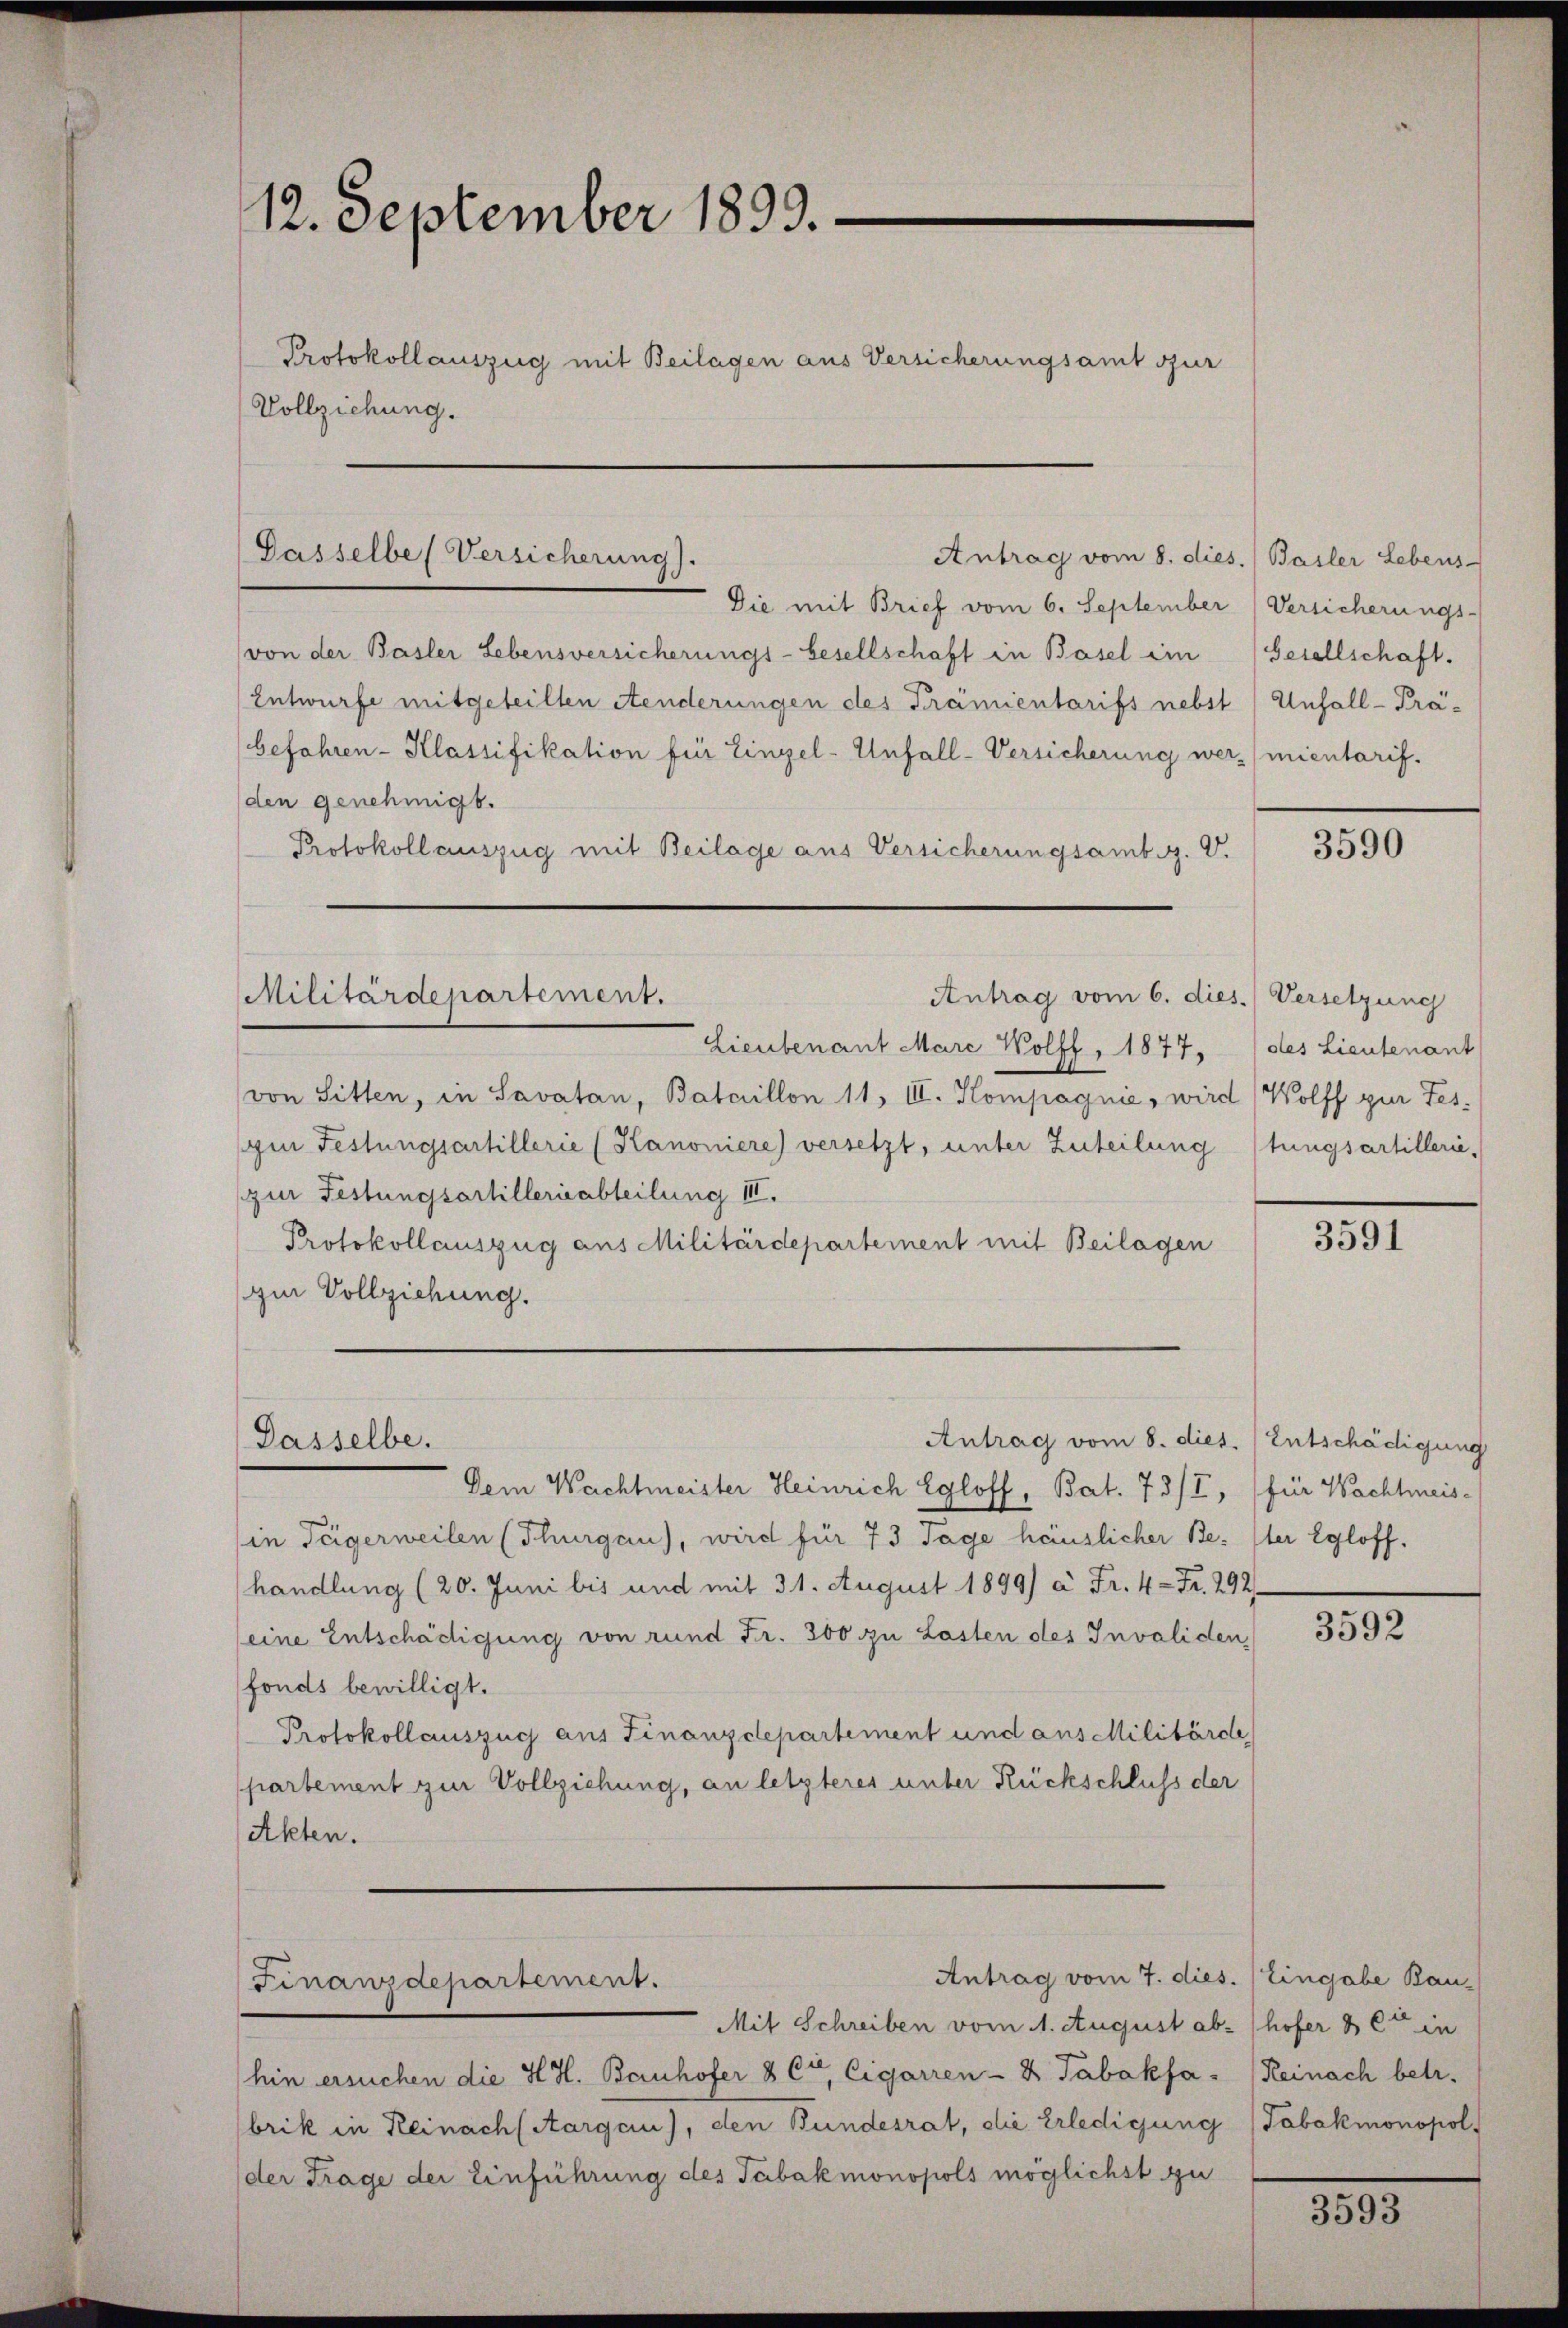
12. September 1893.
Protokollauszug mit Beilagen aus Versicherungsamt zur
Vollziehung.

Dasselbe (Versicherung).

Die mit Brief vom 6. September Versicherungs-
(von der Basler Lebensversicherungs-Gesellschaft in Basel im Gesellschaft.
Entwurfe mitgeteilten Aenderungen des Prämientarifs nebst / Unfall - Präbefahren - Klassifikation für Einzel-Unfall-Versicherung wer mientarif¬
(den genehmigt.
Protokollauszug mit Beilage aus Versicherungsambig. V.

Antrag vom 6. dies
Militärdepartement.

Dasselbe.

Finawsdepartement.

Antrag vom 8. dies. Basler Lebens-

Lieutenant Marc Wolff , 1877,
von Sitten, in Savatan, Bataillon 11. III. Kompagnie, wird Wolff zur Tes-
gin Festungsartillerie (Kanoniere) versetzt, unter Zuteilung
zur Festungsartillerisabteilung III.
Protokollauszug aus Militärdepartement mit Beilagen
zur Vollziehung.

Antrag vom 8. dies. Entschädigung

Dem Wachtmeister Heinrich Egloff, Bat. 73/I, (für Wachtmeisin Teigerweilen (Thurgau), wird für 73 Tage häuslicher Bester Egloff.
handlung (20. Juni bis und mit 31. August 1899) à Fr. 4 = Fr. 292
seine Entschädigung von rund Fr. 300 zu Lasten des Invaliden,
fonds bewilligt.
Protokollauszug aus Finanzdepartement und aus Militärde,
partement zur Vollziehung, an letzteres unter Rückschluß der
Akten.

Mit Schreiben vom 11. August ab- (hofer & Cie in
hin ersuchen die H. H. Bauhofer 8 Cr, Cigarren- & Tabakfa - Reinach betr.
brik in Reinach (Aargau), den Bundesrat, die Erledigung (Tabakmonopol
der Frage der Einführung des Tabakmonopols möglichst zu

Antrag vom 7. dies.

3590

Versetzung
(des Lieutenant
tungsartillerie-

3591

3592

Eingabe Bau-

185